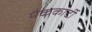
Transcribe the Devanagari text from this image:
मैककार्टी